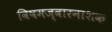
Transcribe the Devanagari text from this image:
विषमज्वारनाशक